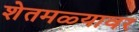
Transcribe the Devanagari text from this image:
शेतमळ्यावर